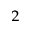
_ { 2 }